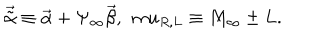
LaTeX: { \vec { \tilde { \alpha } } } \equiv { \vec { \alpha } } + \Psi _ { \infty } { \vec { \beta } } , \ \, m u _ { R , L } \equiv M _ { \infty } \pm L .